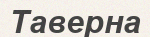
Таверна